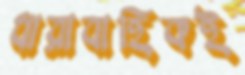
ধারাবাহিকই